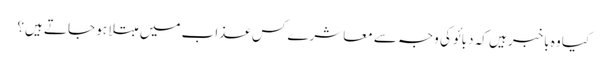
کیا وہ باخبر ہیں کہ دبائو کی وجہ سے معاشرے کس عذاب میں مبتلا ہو جاتے ہیں؟